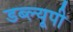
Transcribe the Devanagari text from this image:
डब्ल्यूपी